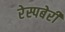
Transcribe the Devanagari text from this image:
रेस्पबेरी